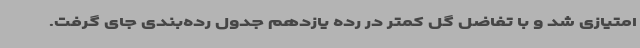
امتیازی شد و با تفاضل گل کمتر در رده یازدهم جدول رده‌بندی جای گرفت.